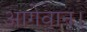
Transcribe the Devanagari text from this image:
आगेवान।